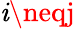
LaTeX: \mathit{i}\neqj